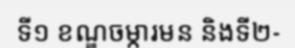
ទី១ ខណ្ឌចម្ការមន និងទី២-